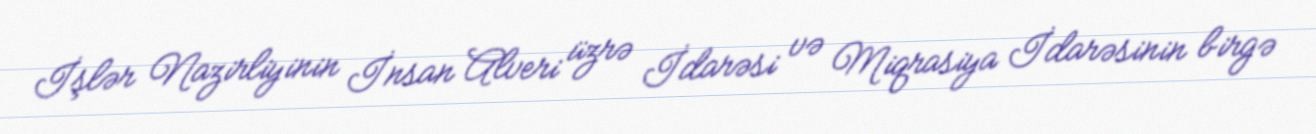
İşlər Nazirliyinin İnsan Alveri üzrə İdarəsi və Miqrasiya İdarəsinin birgə